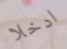
ادخلا